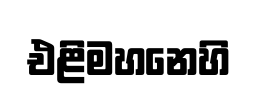
එළිමහනෙහි